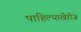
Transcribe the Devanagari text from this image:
पाहिल्याखेरीज